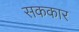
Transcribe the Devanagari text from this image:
सककार